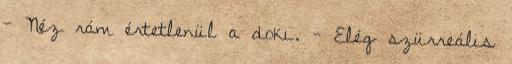
- Néz rám értetlenül a doki. - Elég szürreális